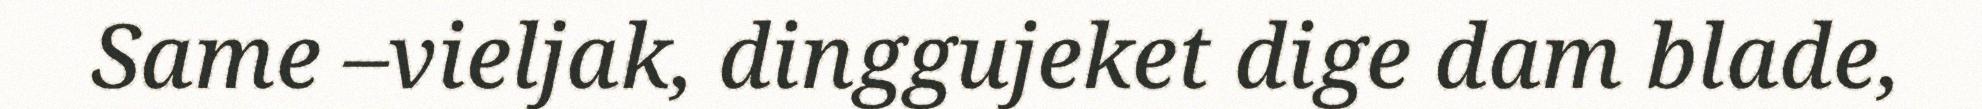
Same –vieljak, dinggujeket dige dam blade,